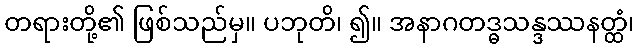
တရားတို့၏ ဖြစ်သည်မှ။ ပဘုတိ၊ ၍။ အနာဂတဒ္ဓသန္ဒဿနတ္ထံ၊